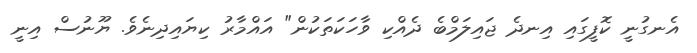
އެނގުނީ ކޮފީގައި އިނދެ ޖައިލަމްބެ ދެއްކި ވާހަކަތަކުން" އައްމާރު ކިޔައިދިނެވެ. ޔޫނުސް އިނީ